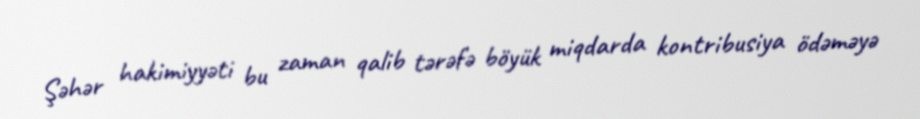
Şəhər hakimiyyəti bu zaman qalib tərəfə böyük miqdarda kontribusiya ödəməyə